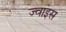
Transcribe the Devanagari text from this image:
ज्वाइस